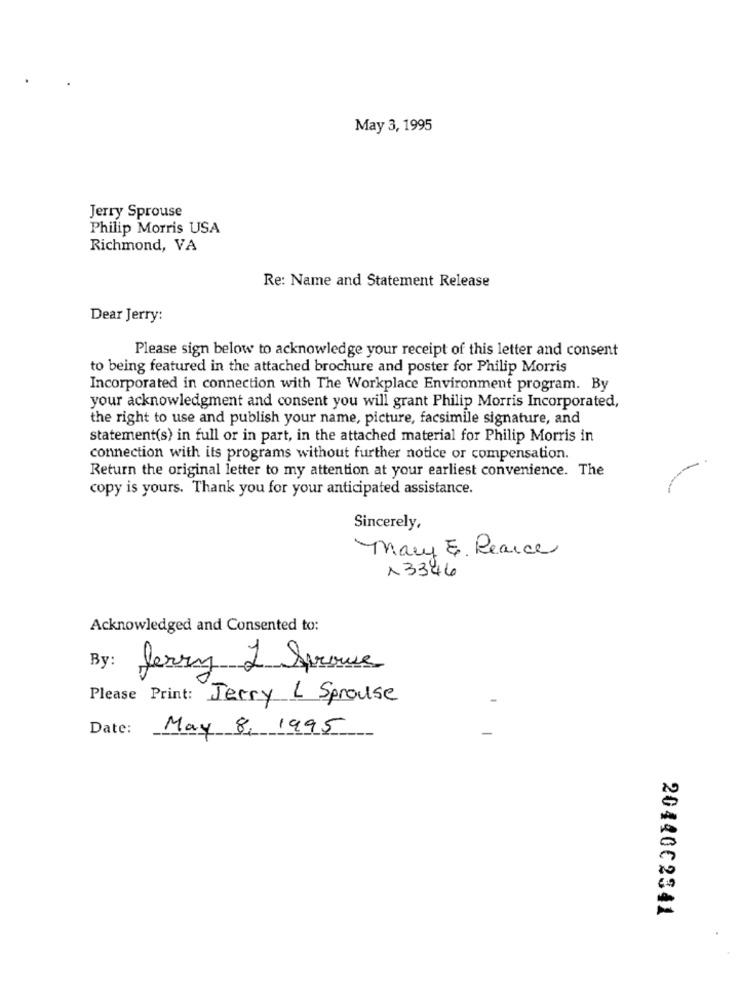
May 3, 1995
Jerry Sprouse
Philip Morris USA
Richmond, VA
Re: Name and Statement Release
Dear Jerry:
Please sign below to acknowledge your receipt of this letter and consent
to being featured in the attached brochure and poster for Philip Morris
Incorporated in connection with The Workplace Environment program. By
your acknowledgment and consent you will grant Philip Morris Incorporated,
the right to use and publish your name, picture, facsimile signature, and
statement(s) in full or in part, in the attached material for Philip Morris in
connection with its programs without further notice or compensation.
Return the original letter to my attention at your earliest convenience. The
copy is yours. Thank you for your anticipated assistance.
Sincerely,
Mary E. Pearce
13346
Acknowledged and Consented to:
By:
Jerry & Spruce
Please Print: Jerry L Sprouse
Date:
May 8, 1995
2044002341